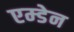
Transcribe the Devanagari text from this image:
एम्डेन